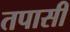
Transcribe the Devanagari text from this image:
तपासी